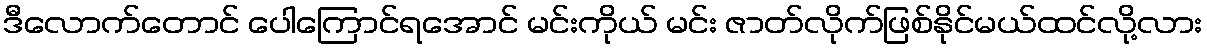
ဒီလောက်တောင် ပေါကြောင်ရအောင် မင်းကိုယ် မင်း ဇာတ်လိုက်ဖြစ်နိုင်မယ်ထင်လို့လား